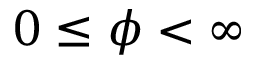
0 \leq \phi < \infty